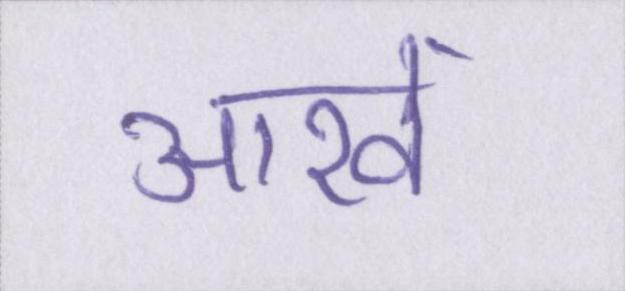
आखें